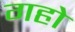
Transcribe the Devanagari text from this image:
गहो